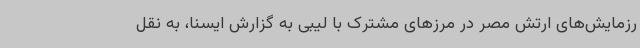
رزمایش‌های ارتش مصر در مرزهای مشترک با لیبی به گزارش ایسنا، به نقل